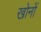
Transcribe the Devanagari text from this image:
खोनों